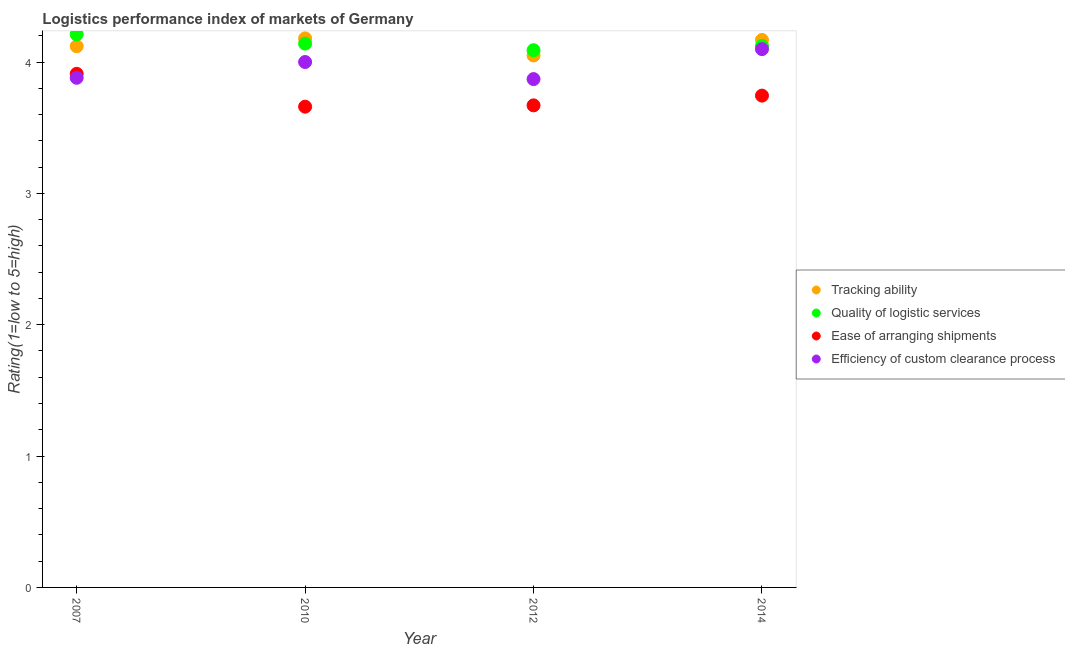
| Year | Tracking ability | Quality of logistic services | Ease of arranging shipments | Efficiency of custom clearance process |
 | --- | --- | --- | --- | --- |
 | 2007 | 4.12 | 4.21 | 3.91 | 3.88 |
 | 2010 | 4.18 | 4.14 | 3.66 | 4 |
 | 2012 | 4.05 | 4.09 | 3.67 | 3.87 |
 | 2014 | 4.17 | 4.12 | 3.74 | 4.1 |